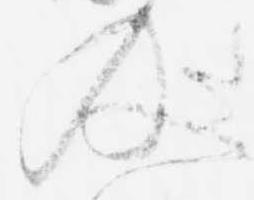
及